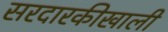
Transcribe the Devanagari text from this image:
सरदारकीखाली